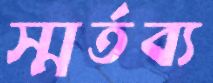
স্মর্তব্য